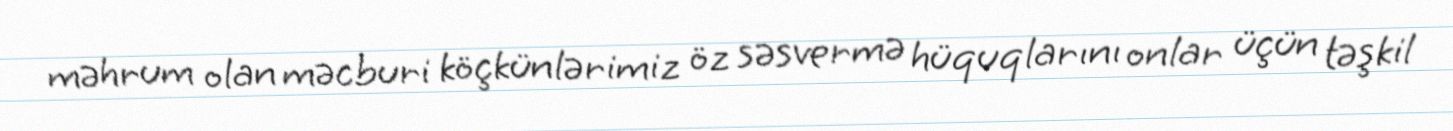
məhrum olan məcburi köçkünlərimiz öz səsvermə hüquqlarını onlar üçün təşkil